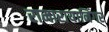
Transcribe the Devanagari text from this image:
रामारायानिंगर